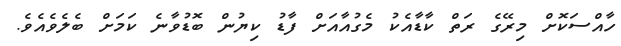
ހާއްސަކޮށް މިރޭގެ ރަތް ކާޑާއެކު މެގުއާއަށް ފާޑު ކިޔުން ބޮޑުވާނެ ކަމަށް ބެލެވެއެވެ.